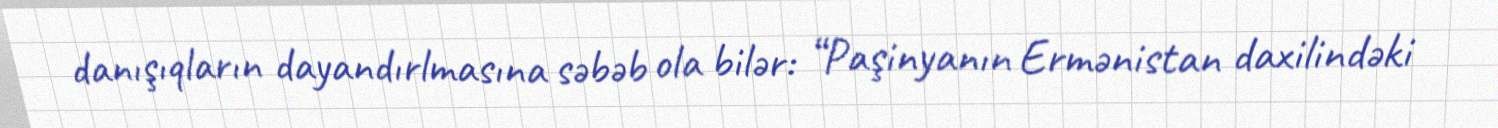
danışıqların dayandırlmasına səbəb ola bilər: “Paşinyanın Ermənistan daxilindəki